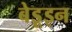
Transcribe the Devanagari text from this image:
बेडूइन